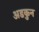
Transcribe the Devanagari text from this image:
अडकुन